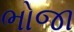
ભોજા